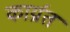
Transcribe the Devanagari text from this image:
कार्य्रत